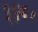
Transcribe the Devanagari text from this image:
३४६१